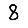
Digit: 8